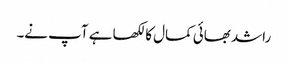
راشد بھائی کمال کا لکھا ہے آپ نے۔